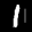
Label: 1